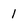
Character: 1